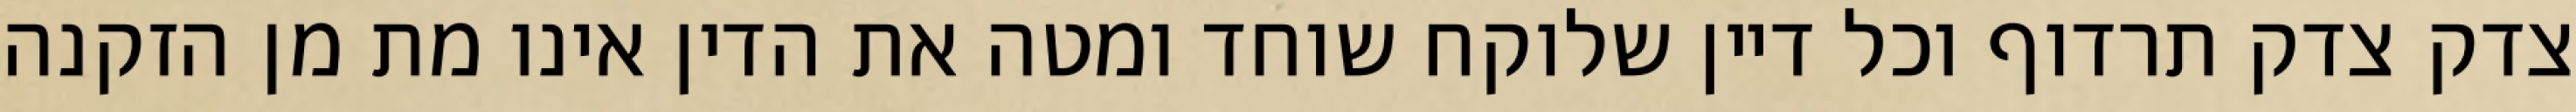
צדק צדק תרדוף וכל דיין שלוקח שוחד ומטה את הדין אינו מת מן הזקנה